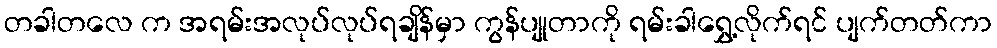
တခါတလေ က အရမ်းအလုပ်လုပ်ရချိန်မှာ ကွန်ပျုတာကို ရမ်းခါရွှေ့လိုက်ရင် ပျက်တတ်ကာ